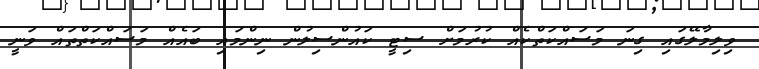
ވިލިމާލޭގައި ގިނަ މަސައްކަތްކެއް ކުރުމަށް ސިޓީ ކައުންސިލުން ނިންމައި ބައެއް މަސައްކަތްތައް ވަނީ